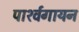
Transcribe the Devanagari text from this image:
पार्श्‍वगायन